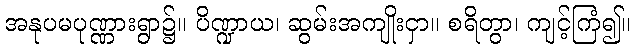
အနုပမပုဏ္ဏားရွာ၌။ ပိဏ္ဍာယ၊ ဆွမ်းအကျိုးငှာ။ စရိတွာ၊ ကျင့်ကြံ၍။